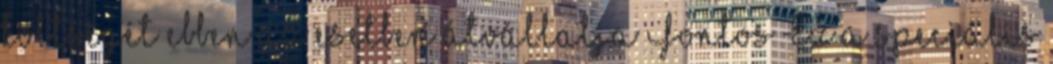
költségét ebben az esetben átvállalja Fontos Ez a speciális